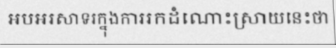
អបអរសាទរក្នុងការរកដំណោះស្រាយនេះថា